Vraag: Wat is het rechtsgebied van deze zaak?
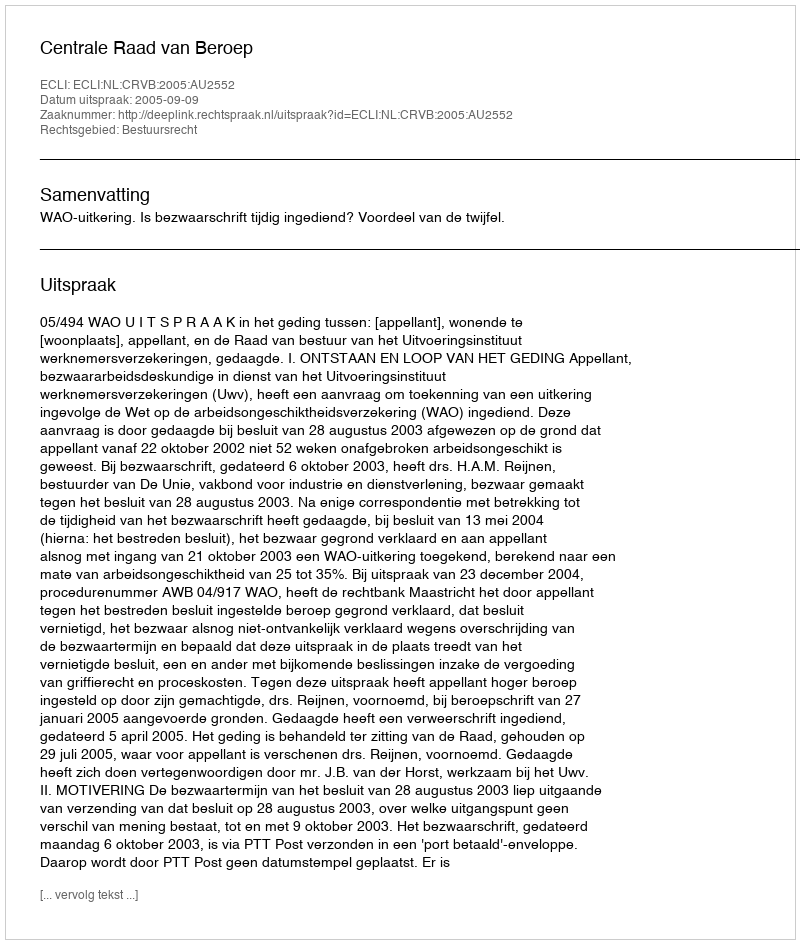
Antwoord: Bestuursrecht